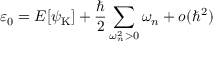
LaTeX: \varepsilon _ { 0 } = E [ { \psi } _ { \mathrm { K } } ] + \frac { \hbar } { 2 } \sum _ { \omega _ { n } ^ { 2 } > 0 } \omega _ { n } + o ( \hbar ^ { 2 } )